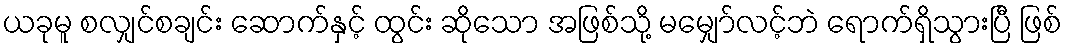
ယခုမူ စလျှင်စချင်း ဆောက်နှင့် ထွင်း ဆိုသော အဖြစ်သို့ မမျှော်လင့်ဘဲ ရောက်ရှိသွားပြီ ဖြစ်